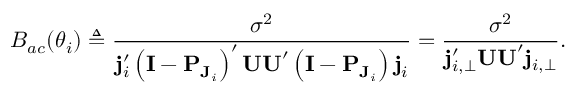
B _ { a c } ( \boldsymbol \theta _ { i } ) \triangleq \frac { \sigma ^ { 2 } } { \mathbf { j } _ { i } ^ { \prime } \left( \mathbf { I } - \mathbf { P } _ { \mathbf { J } _ { i } } \right) ^ { \prime } \mathbf { U U } ^ { \prime } \left( \mathbf { I } - \mathbf { P } _ { \mathbf { J } _ { i } } \right) \mathbf { j } _ { i } } = \frac { \sigma ^ { 2 } } { \mathbf { j } _ { i , \perp } ^ { \prime } \mathbf { U U } ^ { \prime } \mathbf { j } _ { i , \perp } } .